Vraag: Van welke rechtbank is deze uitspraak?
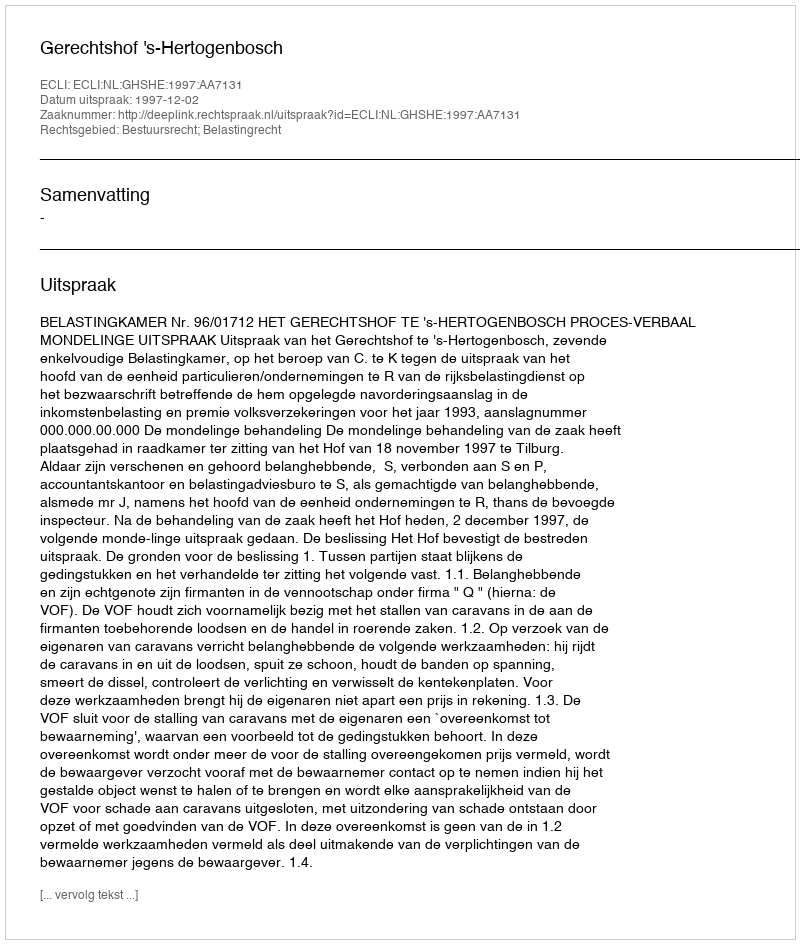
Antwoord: Gerechtshof 's-Hertogenbosch